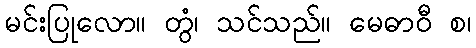
မင်းပြုလော။ တွံ၊ သင်သည်။ မေဓာဝီ စ၊